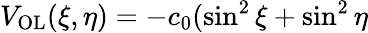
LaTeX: V_{\textrm{OL}}(\xi,\eta)=-c_{0}(\sin^{2}\xi+\sin^{2}\eta